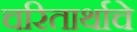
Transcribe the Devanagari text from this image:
चरितार्थाचे